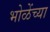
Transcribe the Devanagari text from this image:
भोळेंच्या